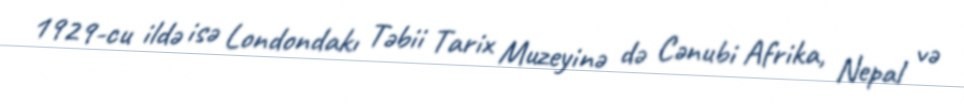
1929-cu ildə isə Londondakı Təbii Tarix Muzeyinə də Cənubi Afrika, Nepal və